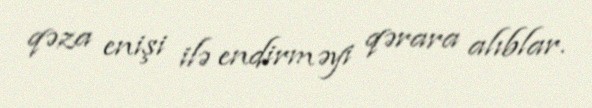
qəza enişi ilə endirməyi qərara alıblar.